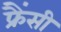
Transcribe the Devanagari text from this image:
फ्रैंसी